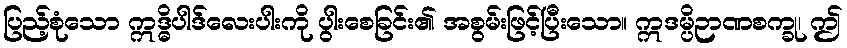
ပြည့်စုံသော ဣဒ္ဓိပါဒ်လေးပါးကို ပွါးစေခြင်း၏ အစွမ်းဖြင့်ပြီးသော။ ဣဒမ္ပိဉာဏစက္ခု၊ ဤ